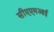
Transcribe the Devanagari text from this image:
सीएएमआई